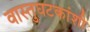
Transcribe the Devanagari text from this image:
वास्तुघटकांशी